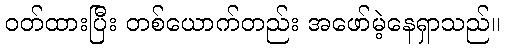
ဝတ်ထားပြီး တစ်ယောက်တည်း အဖော်မဲ့နေရှာသည်။